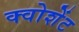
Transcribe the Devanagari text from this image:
क्वोशेंट